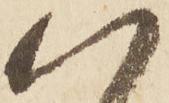
以